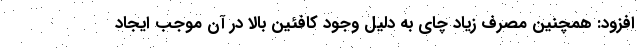
افزود: همچنین مصرف زیاد چای به دلیل وجود کافئین بالا در آن موجب ایجاد